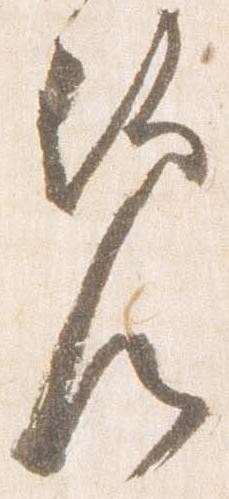
覧